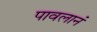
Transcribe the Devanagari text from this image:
पावलानं